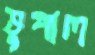
ভুপাল